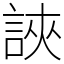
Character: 䛟